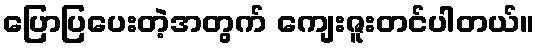
ပြောပြပေးတဲ့အတွက် ကျေးဇူးတင်ပါတယ်။